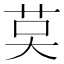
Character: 𦮥